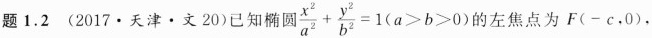
题1.2 (2017.天津·文20)已知椭圆 $$\frac { x ^ { 2 } } { a ^ { 2 } } + \frac { y ^ { 2 } } { b ^ { 2 } } = 1$$($$a > b > 0$$)的左焦点为F(-c.0)，